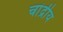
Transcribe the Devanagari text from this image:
चांद्रीय